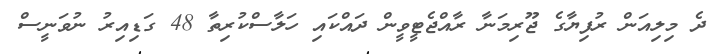
ދެ މިލިއަން ރުފިޔާގެ ޖޫރިމަނާ ރާއްޖެޓީވީން ދައްކައި ހަލާސްކުރިތާ 48 ގަޑިއިރު ނުވަނީސް